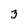
Character: 3